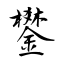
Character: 鐢